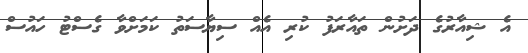
އެ ޝިއާރުގެ ދަށުން ތައާރަފު ކުރި އެއް ސިޔާސަތު ކަމަށްވާ ގެސްޓު ހައުސް